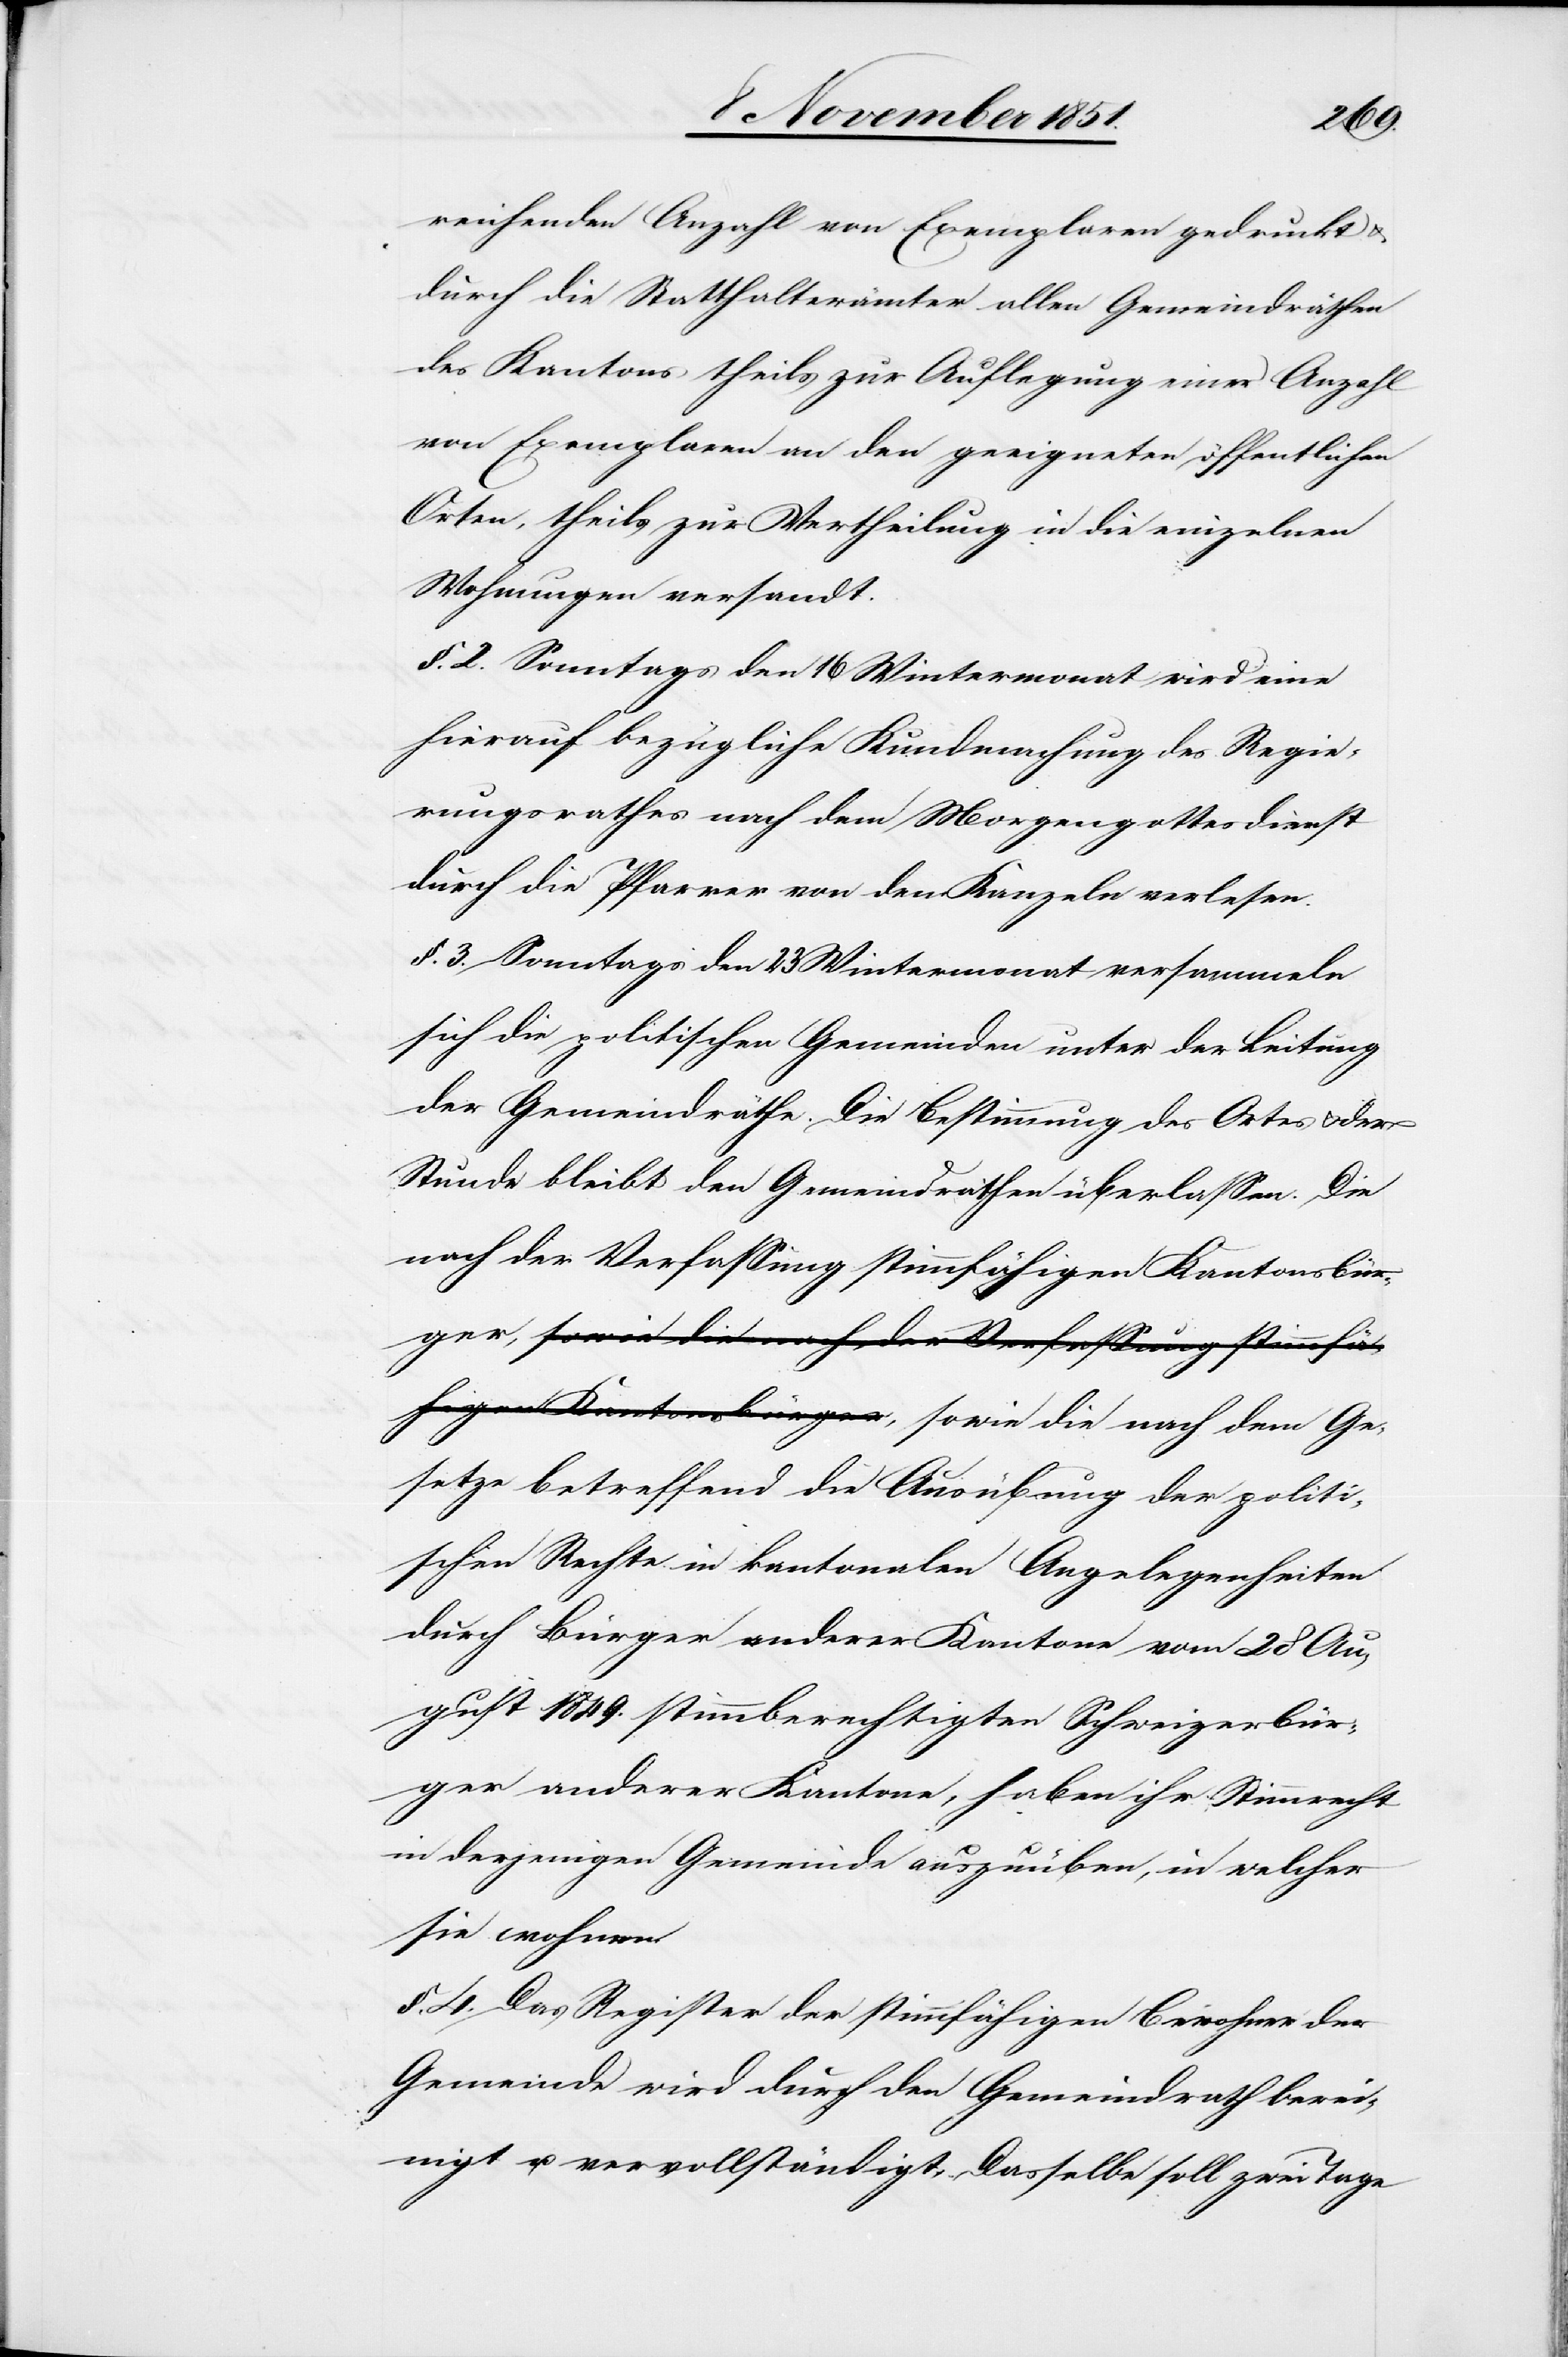
reichenden Anzahl von Exemplaren gedruckt &
durch die Statthalterämter allen Gemeindräthen
des Kantons theils zur Auflegung einer Anzahl
von Exemplaren an den geeigneten öffentlichen
Orten, theils zur Vertheilung in die einzelnen
Wohnungen versandt.
§. 2. Sonntags den 16 Wintermonat wird eine
hierauf bezügliche Kundmachung des Regie¬
rungsrathes nach dem Morgengottesdienst
durch die Pfarrer von den Kanzeln verlesen.
§. 3. Sonntags den 23 Wintermonat versammeln
sich die politischen Gemeinden unter der Leitung
der Gemeindräthe. Die Bestimmung des Ortes & der
Stunde bleibt den Gemeindräthen überlassen. Die
nach der Verfassung stimmfähigen Kantonsbür¬
ger, sowie die nach dem Ge¬
setze betreffend die Ausübung der politi¬
schen Rechte in kantonalen Angelegenheiten
durch Bürger anderer Kantone vom 28 Au¬
gust 1849. stimmberechtigten Schweizerbür¬
ger anderer Kantone, haben ihr Stimmrecht
in derjenigen Gemeinde auszuüben, in welcher
sie wohnen.
§. 4. Das Register der stimmfähigen Bewohner der
Gemeinde wird durch den Gemeindrath berei¬
nigt u. vervollständigt. Dasselbe soll zwei Tage